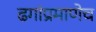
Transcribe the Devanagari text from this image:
ढगांप्रमाणेच